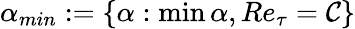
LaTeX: \alpha_{min}:=\{ \alpha:\operatorname*{min}\alpha,Re_{\tau}=\mathcal{C}\}